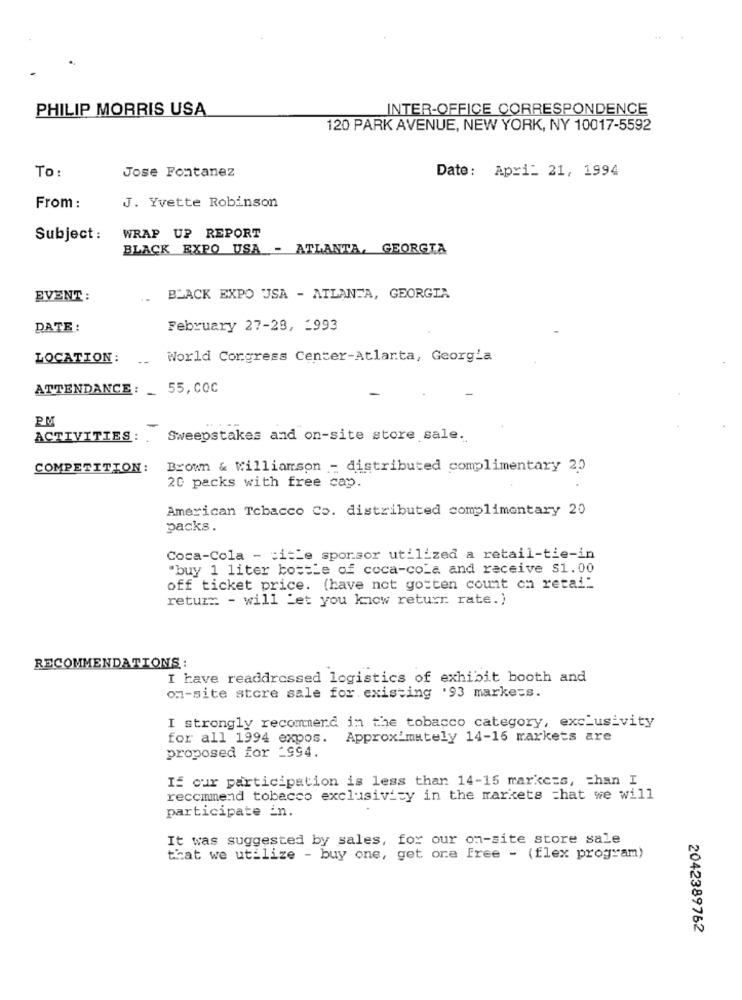
PHILIP MORRIS USA
INTER-OFFICE CORRESPONDENCE
120 PARK AVENUE, NEW YORK, NY 10017-5592
Jose Fontanez
Date: Apri_ 21, 1994
To:
From :
J. Yvette Robinson
Subject :
WRAP UP REPORT
BLACK EXPO USA - ATLANTA, GEORGIA
EVENT :
BLACK EXPO USA - ATLANTA, GEORGIA
DATE:
February 27-28, - 993
LOCATION:
--
World Congress Center-Atlanta, Georgia
ATTENDANCE: _ 55, COC
PM
ACTIVITIES :.
Sweepstakes and on-site store sale.
COMPETITION:
Brown & Williamson - distributed complimentary 20
20 packs with free cap.
American Tobacco Co. distributed complimentary 20
packs.
Coca-Cola - : itLe sporsor utilized a retail-tie-in
"buy 1 liter bottle of coca-cola and receive $1.00
off ticket price. (have not gotten count on retai-
retur= - will Let you know return rate.)
RECOMMENDATIONS :
I have readdressed logistics of exhibit booth and
on-site store sale for existing .93 markess.
I strongly recommend in the tobacco category, exclusivity
for all 1994 expos.
Approximately 14-16 markets are
proposed for _994.
If our participation is less than 14-15 markcss, = han I
recommend tobacco exclusivity in the markets =hat we will
participate in.
It was suggested by sales, for our on-site store sale
that we utilize - buy one, get one free - (flex program)
2042389762